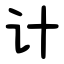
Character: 计